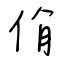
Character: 佾